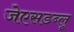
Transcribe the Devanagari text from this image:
जेएसडब्लू